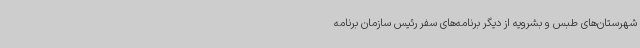
شهرستان‌های طبس و بشرویه از دیگر برنامه‌های سفر رئیس سازمان برنامه